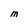
Character: M